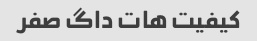
کیفیت هات داگ صفر